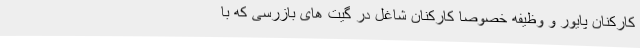
کارکنان پایور و وظیفه خصوصاً کارکنان شاغل در گیت های بازرسی که با